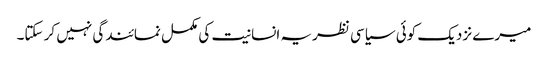
میرے نزدیک کوئی سیاسی نظریہ انسانیت کی مکمل نمائندگی نہیں کر سکتا۔